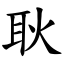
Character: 耿